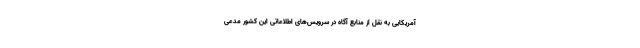
آمریکایی به نقل از منابع آگاه در سرویس‌های اطلاعاتی این کشور مدعی